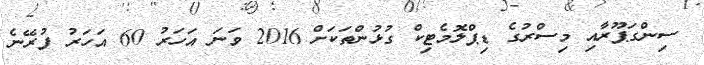
ސިންގަޕޫރާއި މިސްރުގެ ޑިޕްލޮމެޓިކް ގުޅުންތަކަށް 2016 ވަނަ އަހަރު 60 އަހަރު ފުރޭނެ